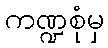
ကဏ္ဍစုံမှ